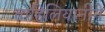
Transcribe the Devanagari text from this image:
ताहिलियानीने